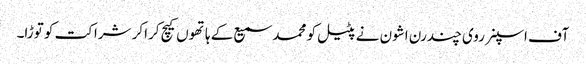
آف اسپنر روی چندرن اشون نے پٹیل کو محمد سمیع کے ہاتھوں کیچ کراکر شراکت کو توڑا۔